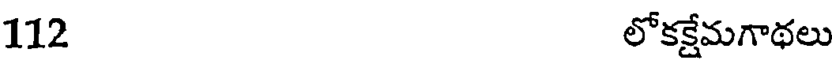
112 లోకక్షేమగాథలు